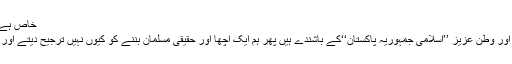
خاص ہے ترکیب میں قوم رسول ہاشمی صلی اللہ علیہ وسلم
ہم مسلمان ہیں ،مسلمان کے گھروں میں پیدا ہوئے اور وطن عزیز ’’اسلامی جمہوریہ پاکستان‘‘کے باشندے ہیں پھر ہم ایک اچھا اور حقیقی مسلمان بننے کو کیوں نہیں ترجیح دیتے اور نہ ہی اکثر لوگ اچھا بننے کی کوشش کرتے ہیں۔